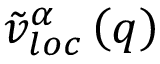
\tilde { v } _ { l o c } ^ { \alpha } \left( q \right)